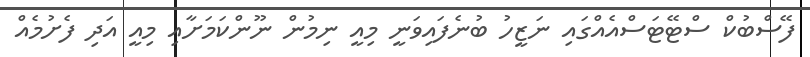
ފޭސްބުކް ސްޓޭޓަސްއެއްގައި ނަޒީހު ބުނެފައިވަނީ މިއީ ނިމުން ނޫންކަމަށާއި މިއީ އަދި ފެށުމެއް